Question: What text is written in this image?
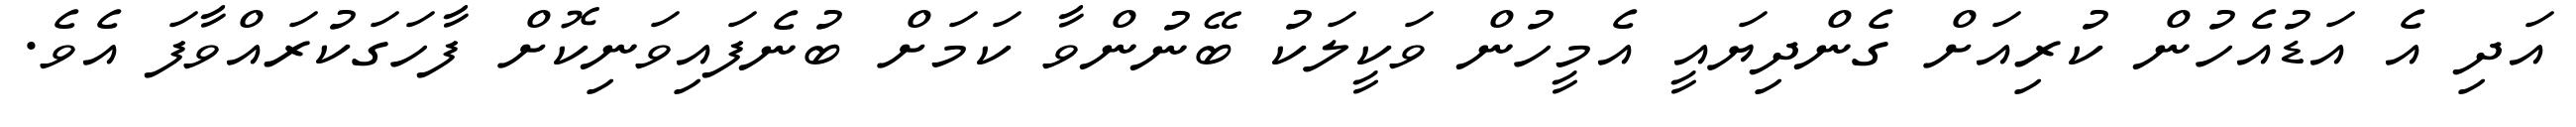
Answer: އަދި އެ އަޑުއެހުން ކުރިއަށް ގެންދިޔައީ އެމީހުން ވަކީލަކު ބޭނުންވާ ކަމަށް ބުނެފައިވަނިކޮށް ފާހަގަކުރައްވާފަ އެވެ.